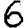
Digit: 6